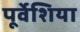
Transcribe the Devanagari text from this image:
पूर्वेशिया